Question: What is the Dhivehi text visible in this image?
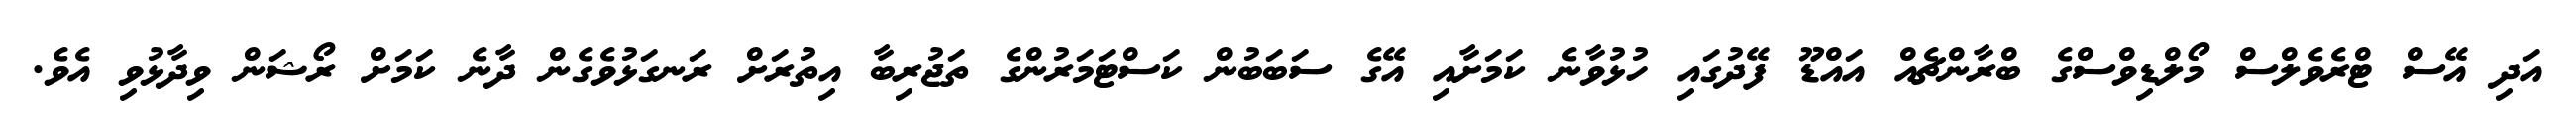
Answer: އަދި އޭސް ޓްރެވެލްސް މޯލްޑިވްސްގެ ބްރާންޗެއް އައްޑޫ ފޭދުގައި ހުޅުވާނެ ކަމަށާއި އޭގެ ސަބަބުން ކަސްޓަމަރުންގެ ތަޖުރިބާ އިތުރަށް ރަނގަޅުވެގެން ދާނެ ކަމަށް ރޯޝަން ވިދާޅުވި އެވެ.